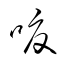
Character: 嗄